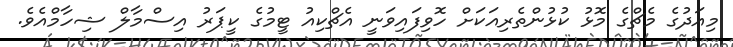
މިއަދުގެ މެޗްގެ މޮޅު ކުޅުންތެރިއަކަށް ހޮވިފައިވަނީ އެޗްކިއު ޓީމުގެ ކީޕަރު އިސްމާލް ޝިހާމްއެވެ.